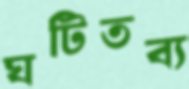
ঘটিতব্য